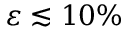
\varepsilon \lesssim 1 0 \%